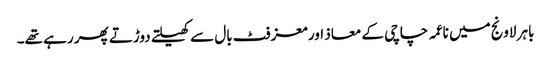
باہر لاونج میں ناعمہ چاچی کے معاذ اور معز فٹ بال سے کھیلتے دوڑتے پھر رہے تھے۔